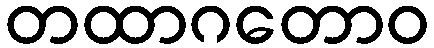
တထာဂတောဝ